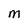
Character: M